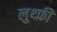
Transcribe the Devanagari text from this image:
लुथ्फ़ी